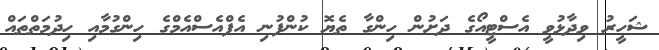
ޝަހީރު ވިދާޅުވީ އެސްޓީއޯގެ ދަށުން ހިންގާ ތެޔޮ ކުންފުނި އެފްއެސްއެމްގެ ހިންގުމާއި ހިދުމަތްތައް